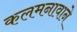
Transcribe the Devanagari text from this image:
कलमनावाने